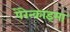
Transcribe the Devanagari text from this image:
पेरेन्काइमा